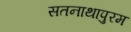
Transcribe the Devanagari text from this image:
सतनाथापुरम